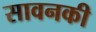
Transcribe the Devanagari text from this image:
सावनकी